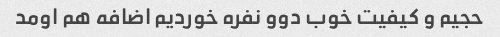
حجیم و کیفیت خوب دوو نفره خوردیم اضافه هم اومد